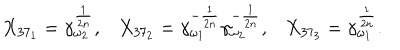
\begin{array} { l l l } { { X _ { 3 7 _ { 1 } } = \gamma _ { \omega _ { 2 } } ^ { \frac { 1 } { 2 n } } , } } & { { X _ { 3 7 _ { 2 } } = \gamma _ { \omega _ { 1 } } ^ { - \frac { 1 } { 2 n } } \gamma _ { \omega _ { 2 } } ^ { - \frac { 1 } { 2 n } } , } } & { { X _ { 3 7 _ { 3 } } = \gamma _ { \omega _ { 1 } } ^ { \frac { 1 } { 2 n } } . } } \\ \end{array}